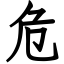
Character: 危